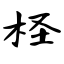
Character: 柽